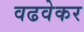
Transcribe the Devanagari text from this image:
वढवेकर